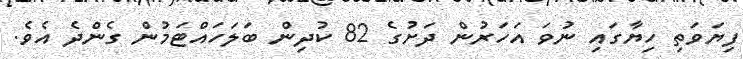
ފިޔަވަތި ހިޔާގައި ނުވަ އަހަރުން ދަށުގެ 82 ކުދިން ބަލަހައްޓަމުން ގެންދެ އެވެ.